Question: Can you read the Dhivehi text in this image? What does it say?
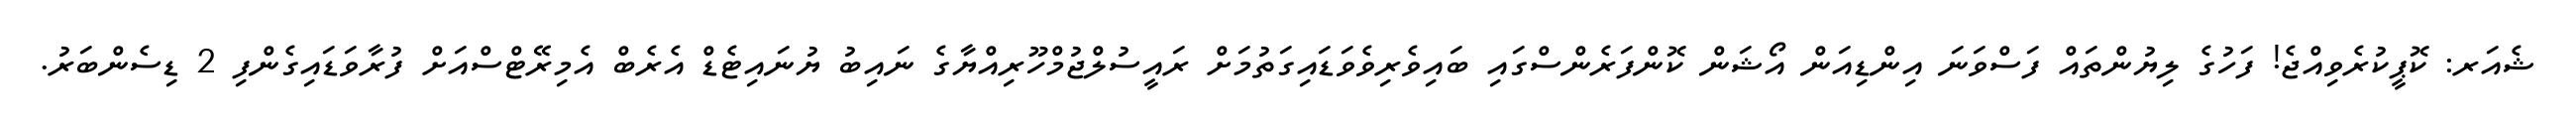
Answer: ޝެއަރ: ކޮޕީކުރެވިއްޖެ! ފަހުގެ ލިޔުންތައް ފަސްވަނަ އިންޑިއަން އޯޝަން ކޮންފަރެންސްގައި ބައިވެރިވެވަޑައިގަތުމަށް ރައީސުލްޖުމްހޫރިއްޔާގެ ނައިބު ޔުނައިޓެޑް އެރެބް އެމިރޭޓްސްއަށް ފުރާވަޑައިގެންފި 2 ޑިސެންބަރު.